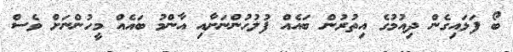
ބޯ ފަޅައިގެން ދިއުމުގެ އިތުރުން ބައެއް ފުލުހުންނަށާއި އާންމު ބައެއް މީހުންނަށް ވެސް